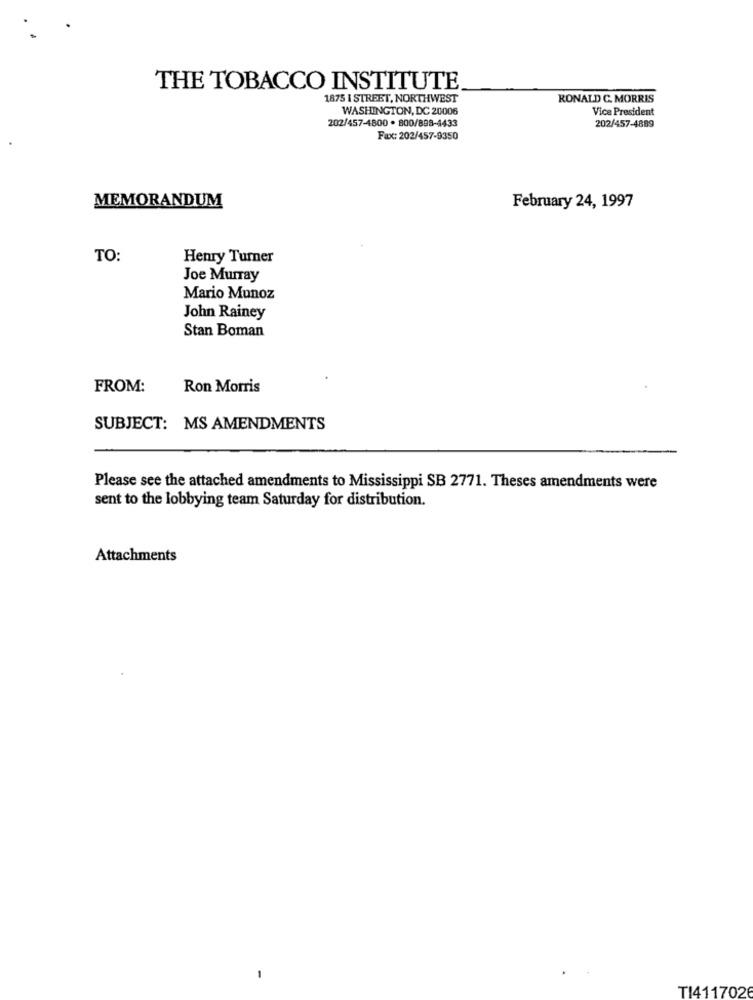
THE TOBACCO INSTITUTE.
1875 I STREET, NORTHWEST
RONALD C. MORRIS
WASHINGTON, DC 20006
Vice President
202/457-4800 . 800/898-4433
202/457-4889
Fax: 202/457-9350
MEMORANDUM
February 24, 1997
TO:
Henry Turner
Joe Murray
Mario Munoz
John Rainey
Stan Boman
FROM:
Ron Morris
SUBJECT: MS AMENDMENTS
Please see the attached amendments to Mississippi SB 2771. Theses amendments were
sent to the lobbying team Saturday for distribution.
Attachments
TI411702